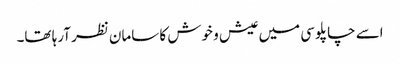
اسے چاپلوسی میں عیش و خوش کا سامان نظر آرہا تھا۔